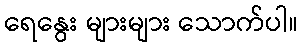
ရေနွေး များများ သောက်ပါ။